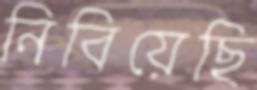
নিবিয়েছি